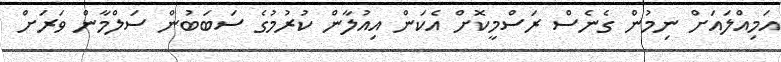
އަމިއްލައަށް ނިމުން ގެނެސް ރަސްމީކޮށް އެކަން އިއުލާން ކުރުމުގެ ސަބަބުން ސަލްމާން ވަރަށް